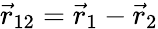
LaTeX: {\vec{r}_{12}=\vec{r}_{1}-\vec{r}_{2}}